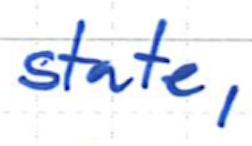
Text: state,
Cross-out: clean
Writing tool: ballpoint